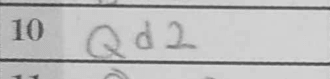
Transcription: Qd2